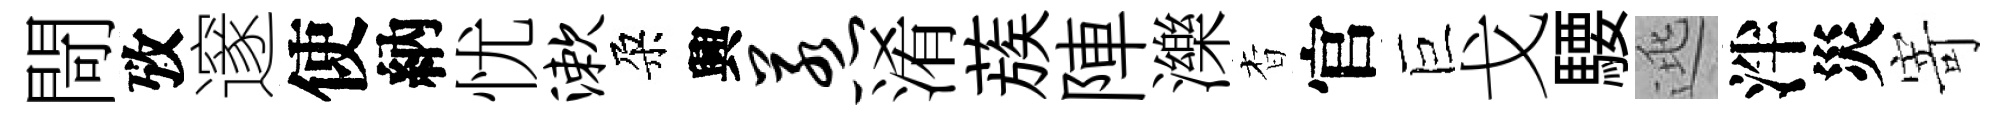
閜攷邃使納忧漱朶興惹淆蔟陣濼杳官巨戈騕逃泮災寄